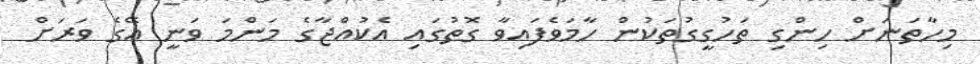
މިހާތަނަށް ހިންގި ތަހުގީގުތަކުން ހާމަވެފައިވާ ގޮތުގައި އެކުއްޖާގެ މަންމަ ވަނީ އޭގެ ވަރަށް